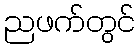
ညဖက်တွင်